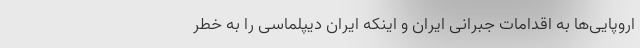
اروپایی‌ها به اقدامات جبرانی ایران و اینکه ایران دیپلماسی را به خطر